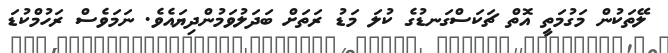
ލޭތަކުން މަގުމަތީ އޮތް ޗަކަސްގަނޑުގެ ކުލަ މަޑު ރަތަށް ބަދަލުވަމުންދިޔައެވެ. ނަމަވެސް ރަހުމްކުޑަ